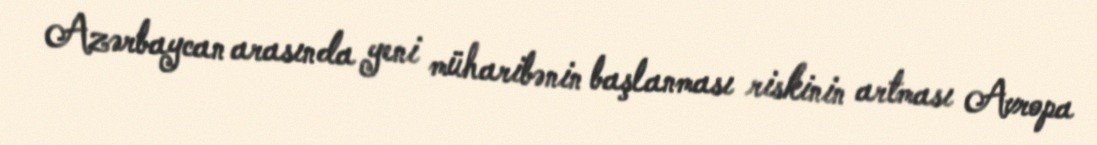
Azərbaycan arasında yeni müharibənin başlanması riskinin artması Avropa